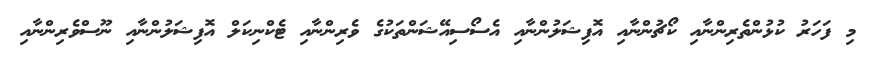
މި ފަހަރު ކުޅުންތެރިންނާއި ކޯޗުންނާއި އޮފިޝަލުންނާއި އެސޯސިއޭޝަންތަކުގެ ވެރިންނާއި ޓެކްނިކަލް އޮފިޝަލުންނާއި ނޫސްވެރިންނާއި